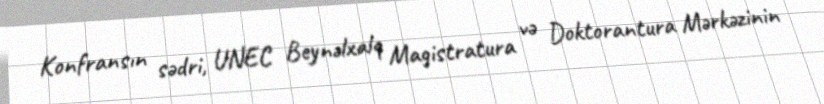
Konfransın sədri, UNEC Beynəlxalq Magistratura və Doktorantura Mərkəzinin